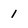
Character: I